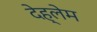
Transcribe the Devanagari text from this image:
देह्लेम